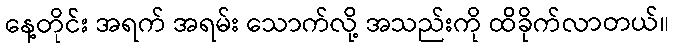
နေ့တိုင်း အရက် အရမ်း သောက်လို့ အသည်းကို ထိခိုက်လာတယ်။